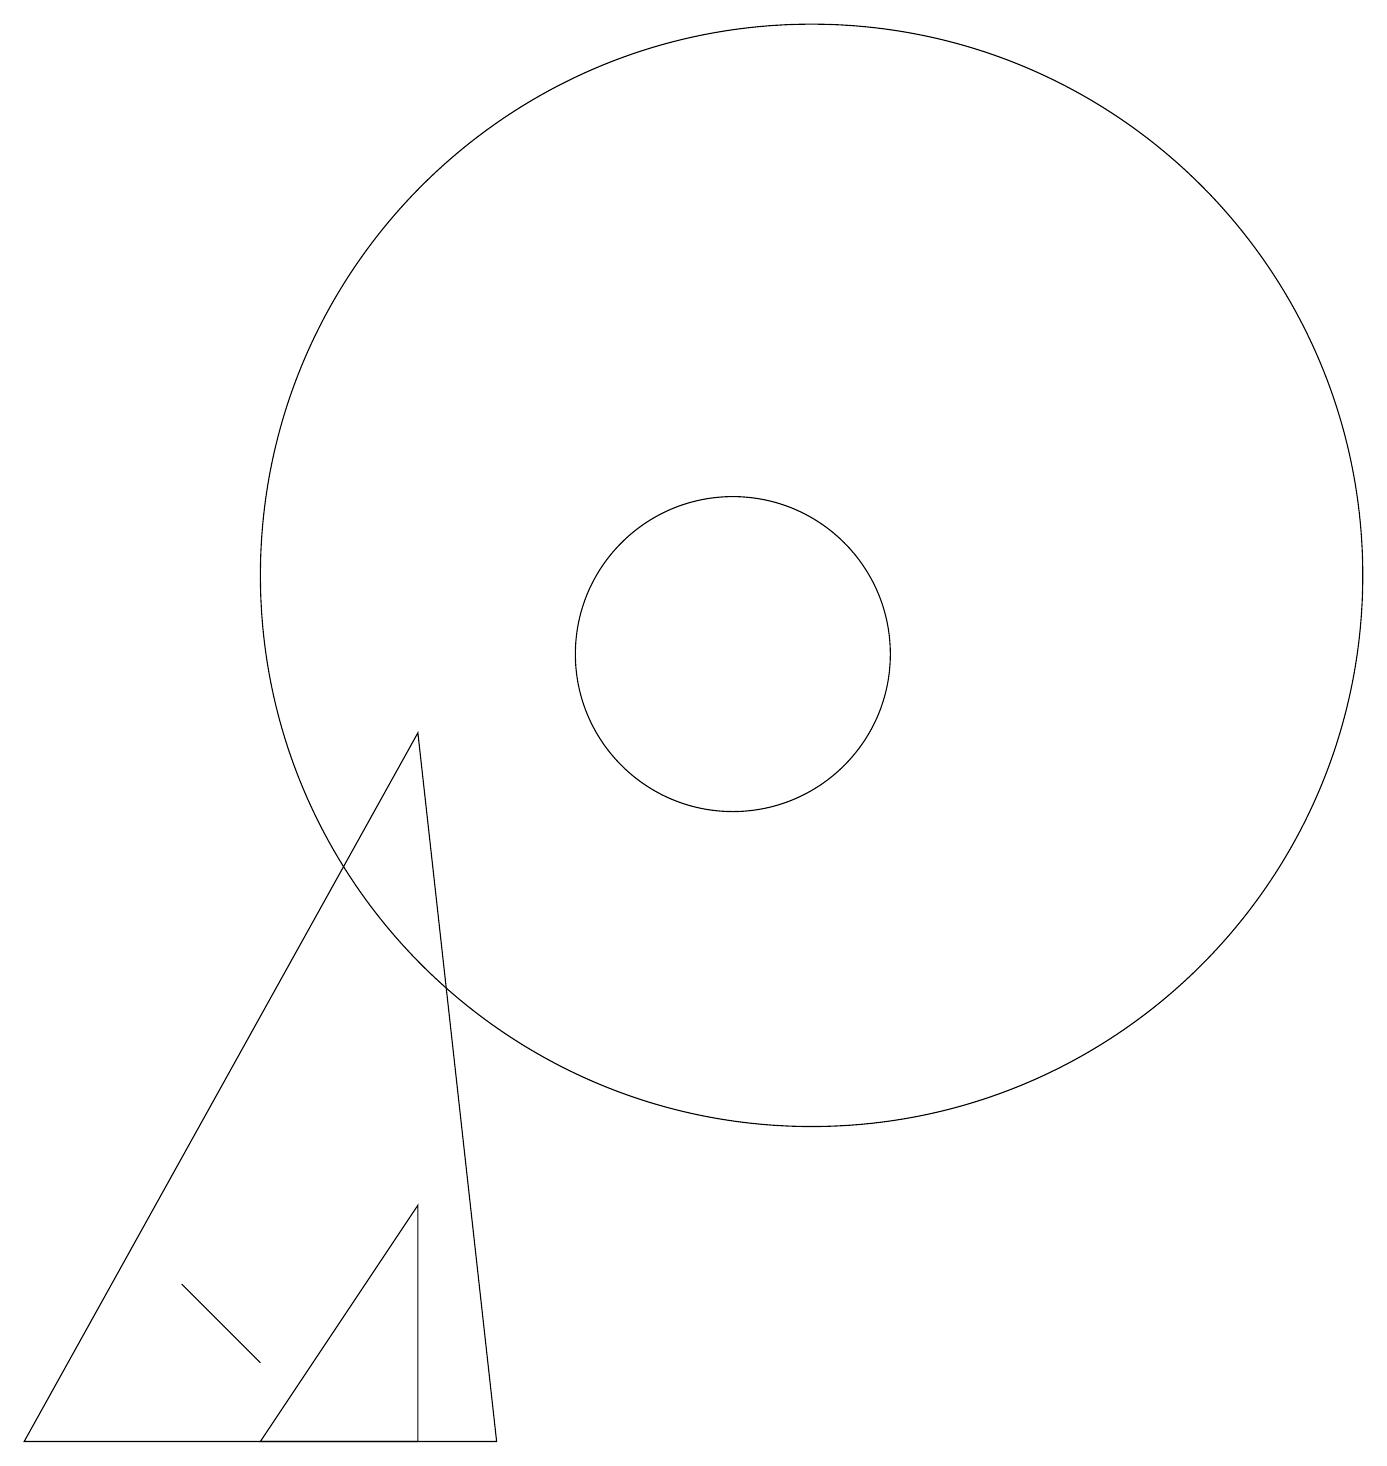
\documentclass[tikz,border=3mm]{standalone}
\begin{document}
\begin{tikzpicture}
\draw (4,0) -- (6,0) -- (6,3) -- cycle;
\draw (10,10) circle (2);
\draw (1,0) -- (6,9) -- (7,0) -- cycle;
\draw (12,10) circle (0);
\draw (11,11) circle (7);
\draw (4,1) -- (4,1) -- (3,2) -- cycle;
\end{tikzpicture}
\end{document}